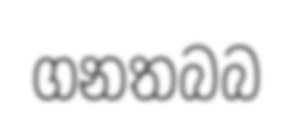
ගනතබබ